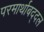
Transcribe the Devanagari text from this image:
परमार्थाबद्दल